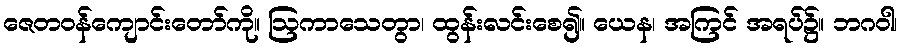
ဇေတဝန်ကျောင်းတော်ကို။ ဩကာသေတွာ၊ ထွန်းလင်းစေ၍။ ယေန၊ အကြင် အရပ်၌။ ဘဂဝါ၊